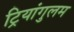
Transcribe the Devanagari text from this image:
ट्रियांगुलम